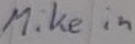
Text: Mike in